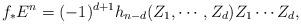
LaTeX: \begin{align*} f_* E^n= (-1)^{d+1} h_{n-d} (Z_1, \cdots, Z_d) Z_1\cdots Z_d,\end{align*}